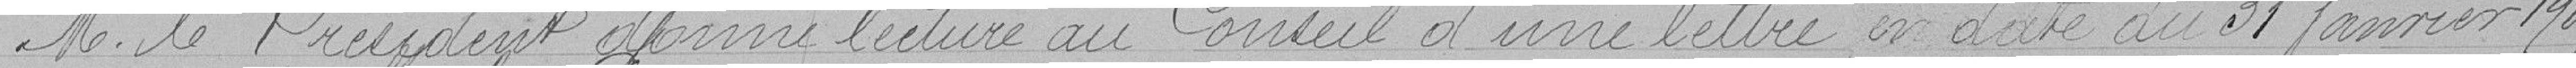
M. le Président donne lecture au Conseil d'une lettre en date du 31 janvier 1907